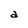
Character: a